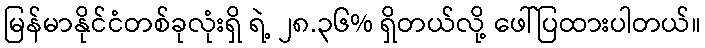
မြန်မာနိုင်ငံတစ်ခုလုံးရှိ ရဲ့ ၂၈.၃၆% ရှိတယ်လို့ ဖေါ်ပြထားပါတယ်။